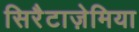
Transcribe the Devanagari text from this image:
सिरैटाज़ेमिया